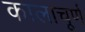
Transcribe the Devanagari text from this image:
कालाचूर्ण